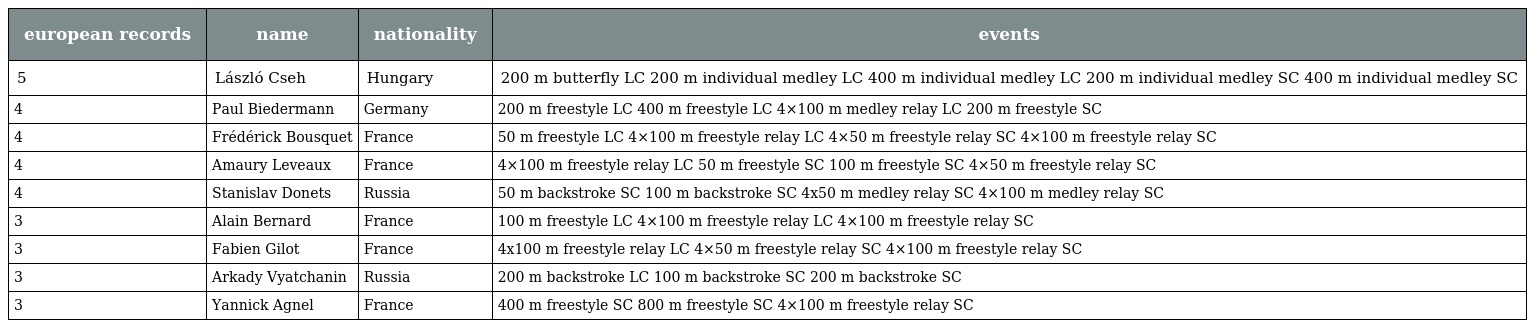
| european records | name | nationality | events |
 | --- | --- | --- | --- |
 | 5 | László Cseh | Hungary | 200 m butterfly LC 200 m individual medley LC 400 m individual medley LC 200 m individual medley SC 400 m individual medley SC |
 | 4 | Paul Biedermann | Germany | 200 m freestyle LC 400 m freestyle LC 4×100 m medley relay LC 200 m freestyle SC |
 | 4 | Frédérick Bousquet | France | 50 m freestyle LC 4×100 m freestyle relay LC 4×50 m freestyle relay SC 4×100 m freestyle relay SC |
 | 4 | Amaury Leveaux | France | 4×100 m freestyle relay LC 50 m freestyle SC 100 m freestyle SC 4×50 m freestyle relay SC |
 | 4 | Stanislav Donets | Russia | 50 m backstroke SC 100 m backstroke SC 4x50 m medley relay SC 4×100 m medley relay SC |
 | 3 | Alain Bernard | France | 100 m freestyle LC 4×100 m freestyle relay LC 4×100 m freestyle relay SC |
 | 3 | Fabien Gilot | France | 4x100 m freestyle relay LC 4×50 m freestyle relay SC 4×100 m freestyle relay SC |
 | 3 | Arkady Vyatchanin | Russia | 200 m backstroke LC 100 m backstroke SC 200 m backstroke SC |
 | 3 | Yannick Agnel | France | 400 m freestyle SC 800 m freestyle SC 4×100 m freestyle relay SC |